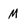
Character: M